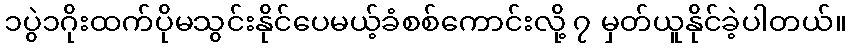
၁ပွဲ၁ဂိုးထက်ပိုမသွင်းနိုင်ပေမယ့်ခံစစ်ကောင်းလို့ ၇ မှတ်ယူနိုင်ခဲ့ပါတယ်။